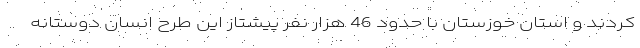
کردند و استان خوزستان با حدود 46 هزار نفر پیشتاز این طرح انسان دوستانه